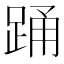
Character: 踊